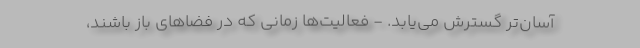
آسان‌تر گسترش می‌یابد. - فعالیت‌ها زمانی که در فضاهای باز باشند،